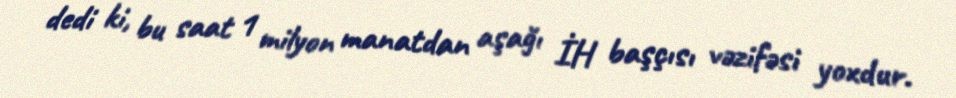
dedi ki, bu saat 1 milyon manatdan aşağı İH başçısı vəzifəsi yoxdur.